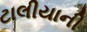
ટાલીયાની